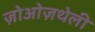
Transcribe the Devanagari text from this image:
ज़ोओज़थेली